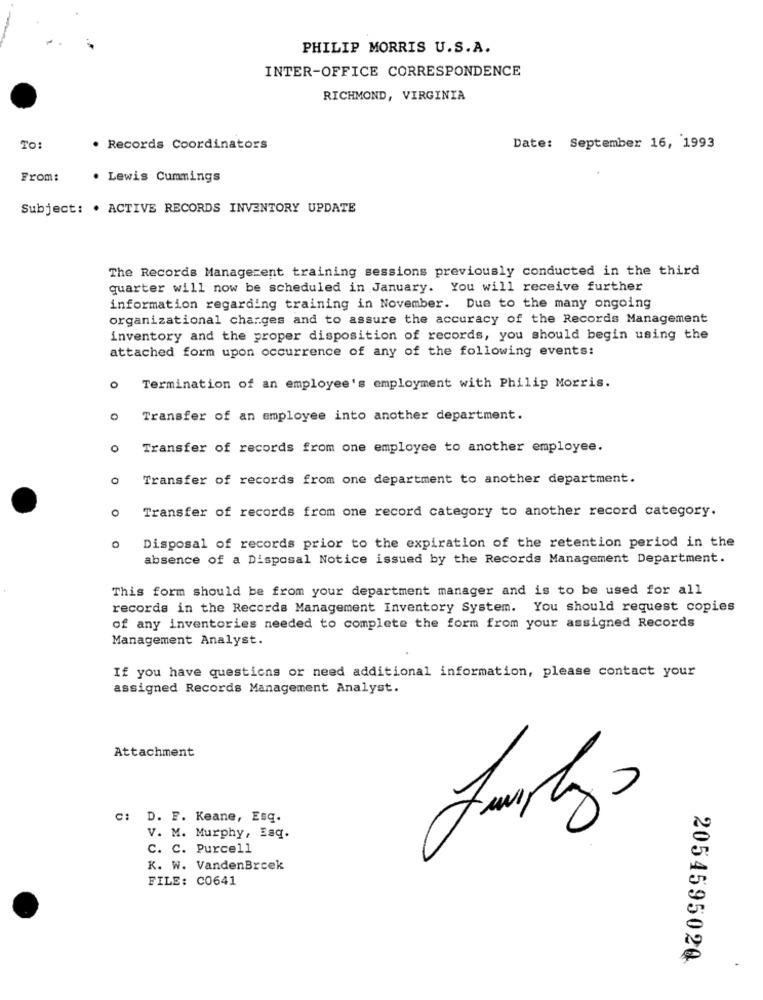
PHILIP MORRIS U.S.A.
INTER-OFFICE CORRESPONDENCE
RICHMOND, VIRGINIA
TO
. Records Coordinators
Date: September 16, 1993
From:
. Lewis Cummings
Subject: . ACTIVE RECORDS INVENTORY UPDATE
The Records Managerent training sessions previously conducted in the third
quarter will now be scheduled in January. You will receive further
information regarding training in November. Due to the many ongoing
organizational charges and to assure the accuracy of the Records Management
inventory and the proper disposition of records, you should begin using the
attached form upon occurrence of any of the following events:
o Termination of an employee's employment with Philip Morris.
O Transfer of an employee into another department.
O
Transfer of records from one employee to another employee.
Transfer of records from one department to another department.
0
Transfer of records from one record category to another record category.
0
Disposal of records prior to the expiration of the retention period in the
absence of a Disposal Notice issued by the Records Management Department.
This form should be from your department manager and is to be used for all
records in the Records Management Inventory System. You should request copies
of any inventories needed to complete the form from your assigned Records
Management Analyst.
If you have questions or need additional information, please contact your
assigned Records Management Analyst.
Attachment
C:
D. F. Keane, Esq.
V. M. Murphy, Eaq.
C. C. Purcell
K. W. VandenBroek
FILE: C0641
2054595020